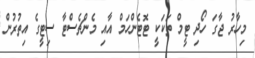
މިހާރު ޖާގަ ހޯދި ޓީމް ތަކަކީ ޓޮޓެންހަމް އާއި މެންޗެސްޓާ ސިޓީގެ އިތުރުން